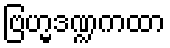
ဗြဟ္မဒဏ္ဍကထာ